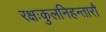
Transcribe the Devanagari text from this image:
रक्षःकुलनिहन्तारौ